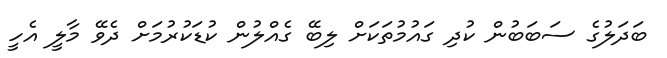
ބަދަލުގެ ސަބަބުން ކުދި ގައުމުތަކަށް ލިބޭ ގެއްލުން ކުޑަކުރުމަށް ދެވޭ މާލީ އެހީ